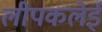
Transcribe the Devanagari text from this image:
लीपकलेई